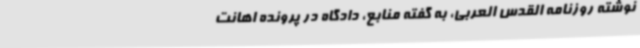
نوشته روزنامه القدس العربی، به گفته منابع، دادگاه در پرونده اهانت